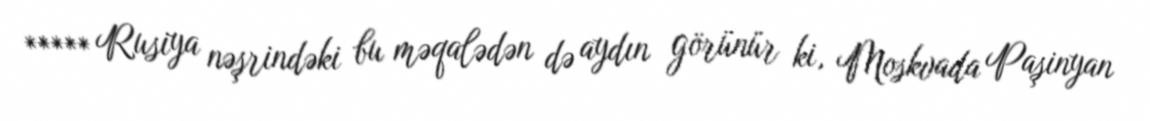
***** Rusiya nəşrindəki bu məqalədən də aydın görünür ki, Moskvada Paşinyan